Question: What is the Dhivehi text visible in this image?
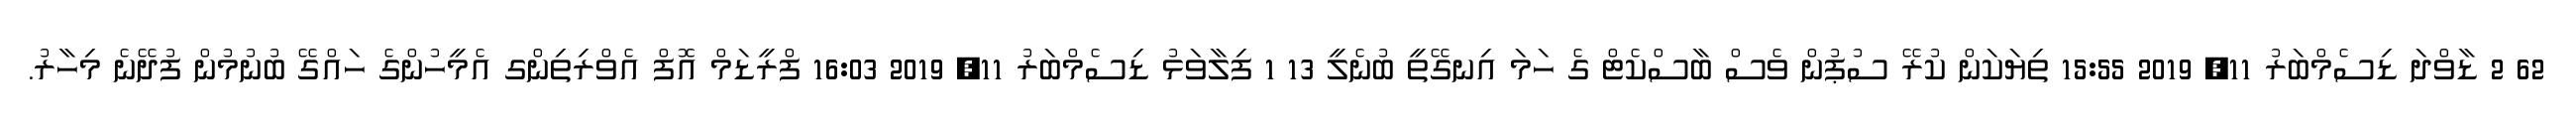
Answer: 62 2 ޑާވްދަ ޑިސެމްބަރު 11, 2019 15:55 ތިޔަކަން ކުރޭ ސުޕުން ވެސް ބާސްކެޓް ގެ ހަމަ އިނގޭތީ ބުނެލީ 13 1 ފިލާވަޅު ޑިސެމްބަރު 11, 2019 16:03 ފްރީޑަމް އޮފް އެވްރިތިންގ އެމީހުންގެ ހައްގޭ ބުނުމުން ފުދޭނެ މިހާރު.